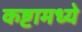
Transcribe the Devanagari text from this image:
कष्टामध्ये